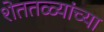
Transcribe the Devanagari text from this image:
शेततळ्यांच्या